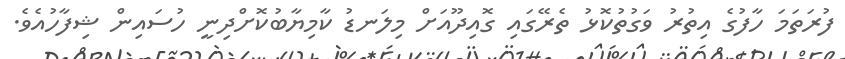
ފުރަތަމަ ހާފުގެ އިތުރު ވަގުތުކޮޅު ތެރޭގައި ގޮއިދޫއަށް މިލަނޑު ކާމިޔާބުކޮށްދިނީ ހުސައިން ޝިފާހުއެވެ.